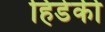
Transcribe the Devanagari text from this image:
हिडेकी